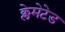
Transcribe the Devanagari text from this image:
क्लेमेटेड